Report of the Indian Hemp Drugs Commission, 1894-1895 - Volume IV
Year: 1894
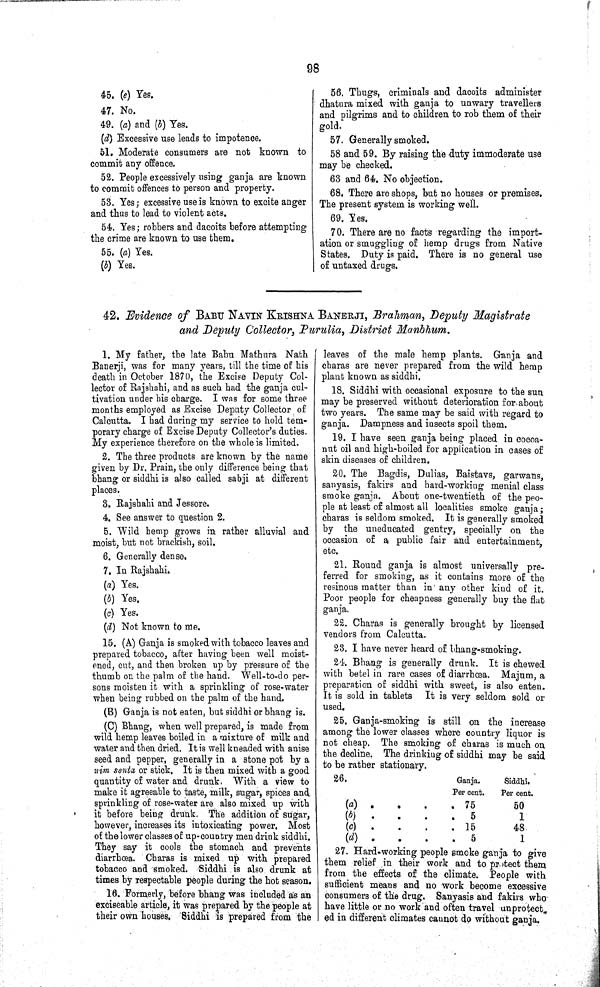
98
45. (e) Yes.
47. No.
49. (a) and (b) Yes.
(d) Excessive use leads to impotence.
51. Moderate consumers are not known to
commit any offence.
52. People excessively using ganja are known
to commit offences to person and property.
53. Yes; excessive use is known to excite anger
and thus to lead to violent acts.
54. Yes; robbers and dacoits before attempting
the crime are known to use them.
55. (a) Yes.
(b) Yes.
56. Thugs, criminals and dacoits administer
dhatura mixed with ganja to unwary travellers
and pilgrims and to children to rob them of their
gold.
57. Generally smoked.
58 and 59. By raising the duty immoderate use
may be checked.
63 and 64. No objection.
68. There are shops, but no houses or premises.
The present system is working well.
69. Yes.
70. There are no facts regarding the import-
ation or smuggling of hemp drugs from Native
States. Duty is paid. There is no general use
of untaxed drugs.
42. Evidence of BABU NAVIN KRISHNA BANERJI, Brahman, Deputy Magistrate
and Deputy Collector, Purulia, District Manbhum.
1. My father, the late Babu Mathura Nath
Banerji, was for many years, till the time of his
death in October 1870, the Excise Deputy Col-
lector of Rajshahi, and as such had the ganja cul-
tivation under his charge. I was for some three
months employed as Excise Deputy Collector of
Calcutta. I had during my service to hold tem-
porary charge of Excise Deputy Collector's duties.
My experience therefore on the whole is limited.
2. The three products are known by the name
given by Dr. Prain, the only difference being that
bhang or siddhi is also called sabji at different
places.
3. Rajshahi and Jessore.
4. See answer to question 2.
5. Wild hemp grows in rather alluvial and
moist, but not brackish, soil.
6. Generally dense.
7. In Rajshahi.
(a) Yes.
(b) Yes.
(c) Yes.
(d) Not known to me.
15. (A) Ganja is smoked with tobacco leaves and
prepared tobacco, after having been well moist-
ened, cut, and then broken up by pressure of the
thumb on the palm of the hand. Well-to-do per-
sons moisten it with a sprinkling of rose-water
when being rubbed on the palm of the hand.
(B) Ganja is not eaten, but siddhi or bhang is.
(C) Bhang, when well prepared, is made from
wild hemp leaves boiled in a mixture of milk and
water and then dried. It is well kneaded with anise
seed and pepper, generally in a stone pot by a
nim sonta or stick. It is then mixed with a good
quantity of water and drunk. With a view to
make it agreeable to taste, milk, sugar, spices and
sprinkling of rose-water are also mixed up with
it before being drunk. The addition of sugar,
however, increases its intoxicating power. Most
of the lower classes of up-country men drink siddhi,
They say it cools the stomach and prevents
diarrhœa. Charas is mixed up with prepared
tobacco and smoked. Siddhi is also drunk at
times by respectable people during the hot season.
16. Formerly, before bhang was included as an
exciseable article, it was prepared by the people at
their own houses. Siddhi is prepared from the
leaves of the male hemp plants. Ganja and
charas are never prepared from the wild hemp
plant known as siddhi.
18. Siddhi with occasional exposure to the sun
may be preserved without deterioration for about
two years. The same may be said with regard to
ganja. Dampness and insects spoil them.
19. I have seen ganja being placed in cocoa-
nut oil and high-boiled for application in cases of
skin diseases of children.
20. The Bagdis, Dulias, Baistavs, garwans,
sanyasis, fakirs and hard-working menial class
smoke ganja. About one-twentieth of the peo-
ple at least of almost all localities smoke ganja;
charas is seldom smoked. It is generally smoked
by the uneducated gentry, specially on the
occasion of a public fair and entertainment,
etc.
21. Round ganja is almost universally pre-
ferred for smoking, as it contains more of the
resinous matter than in any other kind of it.
Poor people for cheapness generally buy the flat
ganja.
22. Charas is generally brought by licensed
vendors from Calcutta.
23. I have never heard of bhang-smoking.
24. Bhang is generally drunk. It is chewed
with betel in rare cases of diarrhœa. Majum, a
preparation of siddhi with sweet, is also eaten.
It is sold in tablets It is very seldom sold or
used.
25. Ganja-smoking is still on the increase
among the lower classes where country liquor is
not cheap. The smoking of charas is much on
the decline. The drinkiug of siddhi may be said
to be rather stationary.
26.
Ganja.
Siddhi.
Per cent.
Per cent.
(a)
75
50
(b)
5
1
(c)
15
48
(d)
5
1
27. Hard-working people smoke ganja to give
them relief in their work and to protect them
from the effects of the climate. People with
sufficient means and no work become excessive
consumers of the drug. Sanyasis and fakirs who
have little or no work and often travel unprotect
ed in different climates cannot do without ganja.